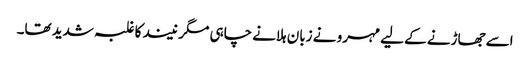
اسے جھاڑنے کے لیے مہرو نے زبان ہلانے چاہی مگر نیند کا غلبہ شدید تھا۔